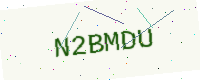
Text: N2BMDU